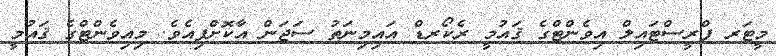
މީޓަރ ފްރީސްޓައިލް އިވެންޓްގެ ޤައުމީ ރެކޯރޑް އައިމިނަތު ސަޖަން އާކޮށްފިއެވެ. މިއިވެންޓްގެ ޤައުމީ